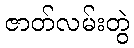
ဇာတ်လမ်းတွဲ